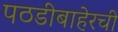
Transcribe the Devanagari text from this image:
पठडीबाहेरची